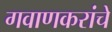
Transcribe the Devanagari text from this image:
गवाणकरांचे